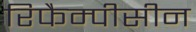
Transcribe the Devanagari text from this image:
रिफैम्पीसीन